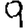
Digit: 9